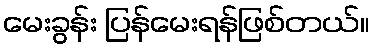
မေးခွန်း ပြန်မေးရန်ဖြစ်တယ်။